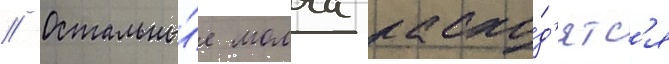
// Остальны́е молча расхо́д'ятс'я